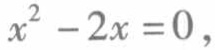
\(x^{2}-2x = 0\)